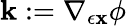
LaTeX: {\mathbf{k}}:=\nabla_{\epsilon{\mathbf{x}}}\phi